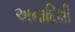
અનાદિથી